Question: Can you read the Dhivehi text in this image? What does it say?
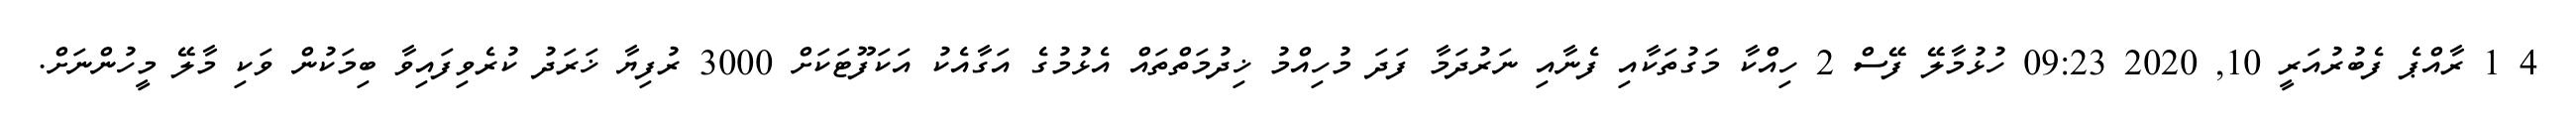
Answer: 4 1 ރާއްޕެ ފެބުރުއަރީ 10, 2020 09:23 ހުޅުމާލޭ ފޭސް 2 ހިއްކާ މަގުތަކާއި ފެނާއި ނަރުދަމާ ފަދަ މުހިއްމު ޚިދުމަތްތައް އެޅުމުގެ އަގާއެކު އަކަފޫޓަކަށް 3000 ރުފިޔާ ޚަރަދު ކުރެވިފައިވާ ބިމަކުން ވަކި މާލޭ މީހުންނަށް.